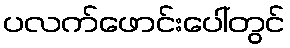
ပလက်ဖောင်းပေါ်တွင်